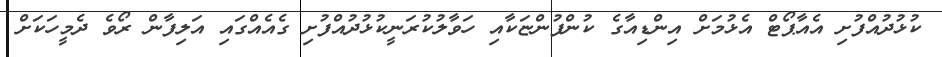
ކުޅުދުއްފުށި އެއާޕޯޓް އެޅުމަށް އިންޑިއާގެ ކުންފުންޏަކާއި ހަވާލުކުރަނީކުޅުދުއްފުށި ގެއެއްގައި އަލިފާން ރޯވެ ދެމީހަކަށް